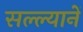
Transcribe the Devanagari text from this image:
सल्ल्यानें